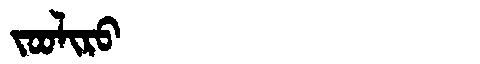
Manchu: ᠵᠣᠣᠯᡳᡵᠣ
Romanization: JOOLIRO